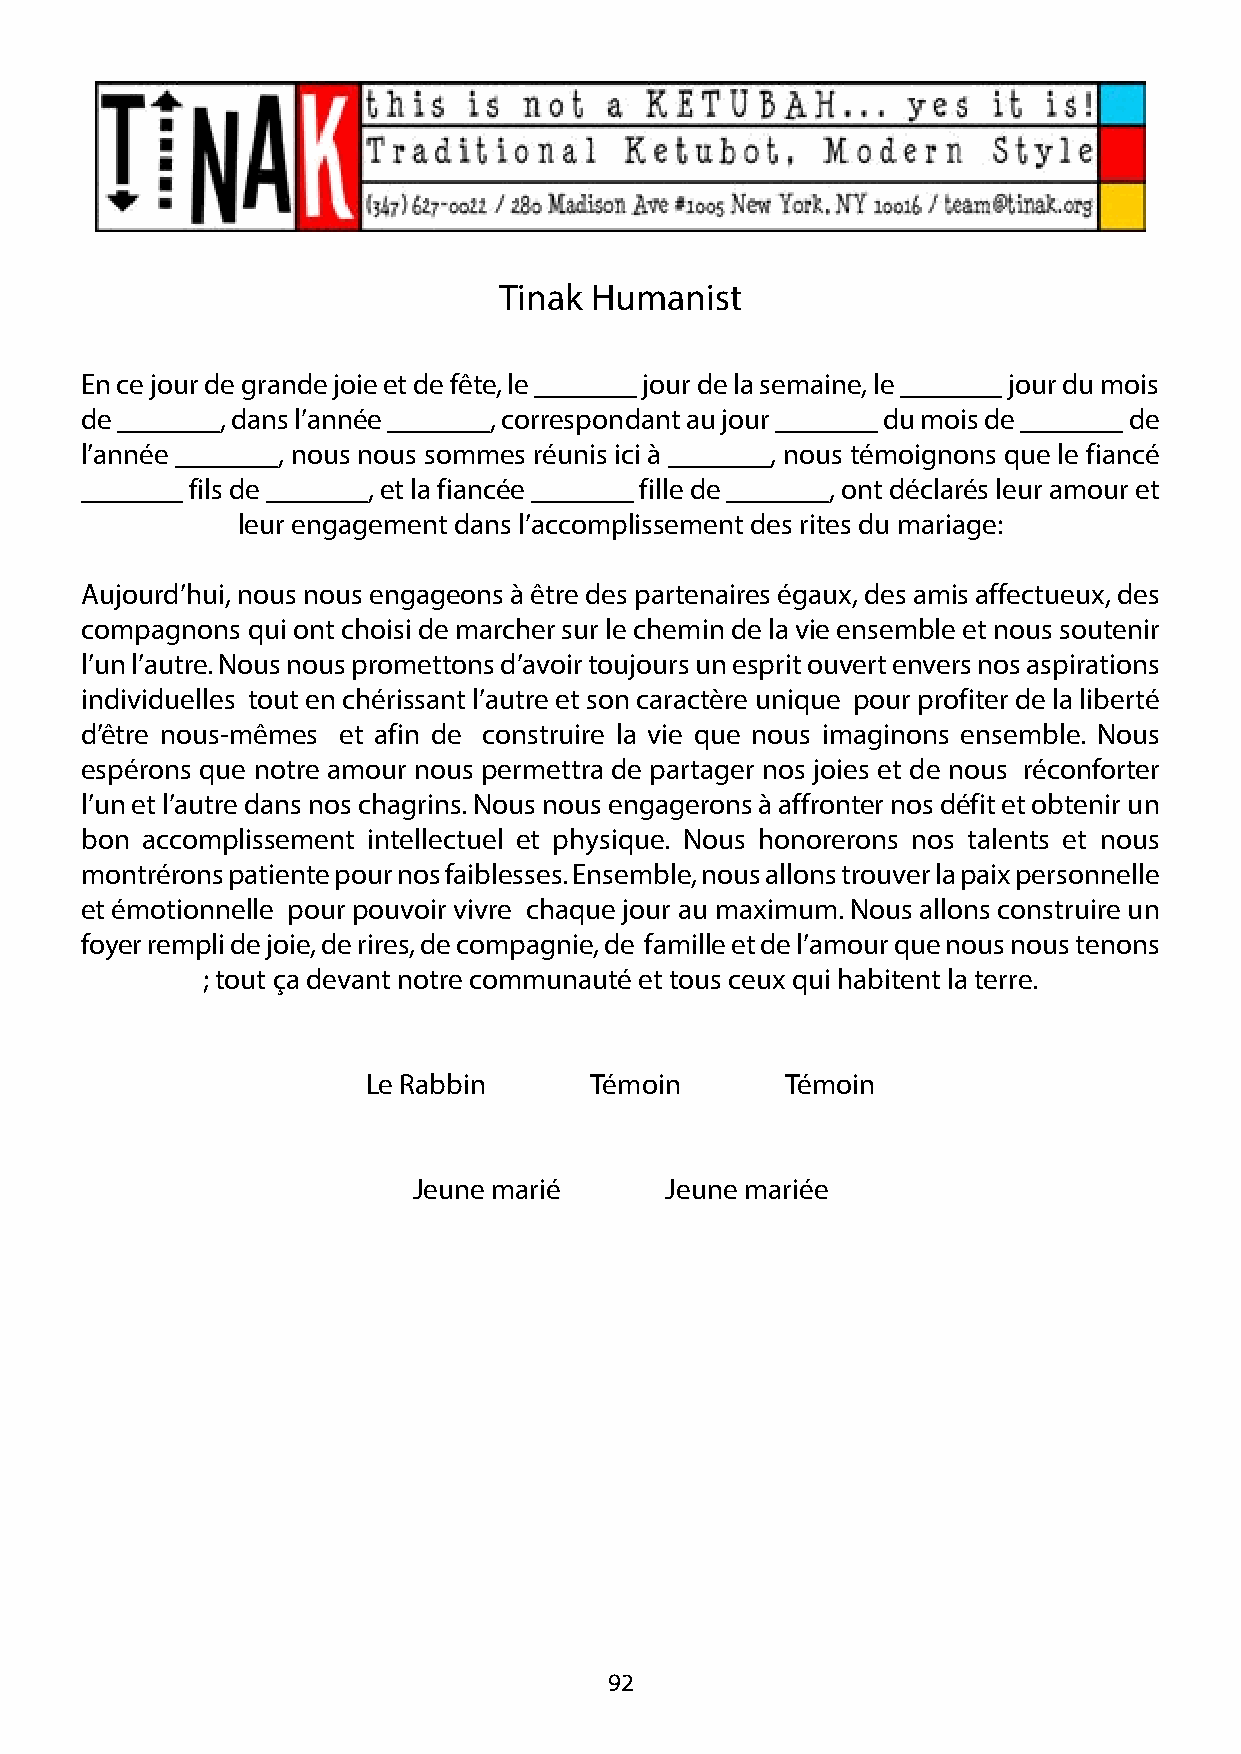
Tinak Humanist
 En ce jour de grande joie et de fête, le _______ jour de la semaine, le _______ jour du mois
 de _______, dans l’année _______, correspondant au jour _______ du mois de _______ de
 l’année _______, nous nous sommes réunis ici à _______, nous témoignons que le fiancé
 _______ fils de _______, et la fiancée _______ fille de _______, ont déclarés leur amour et
 leur engagement dans l’accomplissement des rites du mariage:
 Aujourd’hui, nous nous engageons à être des partenaires égaux, des amis affectueux, des
 compagnons qui ont choisi de marcher sur le chemin de la vie ensemble et nous soutenir
 l’un l’autre. Nous nous promettons d’avoir toujours un esprit ouvert envers nos aspirations
 individuelles tout en chérissant l’autre et son caractère unique pour profiter de la liberté
 d’être nous-mêmes et afin de construire la vie que nous imaginons ensemble. Nous
 espérons que notre amour nous permettra de partager nos joies et de nous réconforter
 l’un et l’autre dans nos chagrins. Nous nous engagerons à affronter nos défit et obtenir un
 bon accomplissement intellectuel et physique. Nous honorerons nos talents et nous
 montrérons patiente pour nos faiblesses. Ensemble, nous allons trouver la paix personnelle
 et émotionnelle pour pouvoir vivre chaque jour au maximum. Nous allons construire un
 foyer rempli de joie, de rires, de compagnie, de famille et de l’amour que nous nous tenons
 ; tout ça devant notre communauté et tous ceux qui habitent la terre.
 Le Rabbin      Témoin       Témoin
 Jeune marié      Jeune mariée
 92